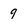
Character: 9